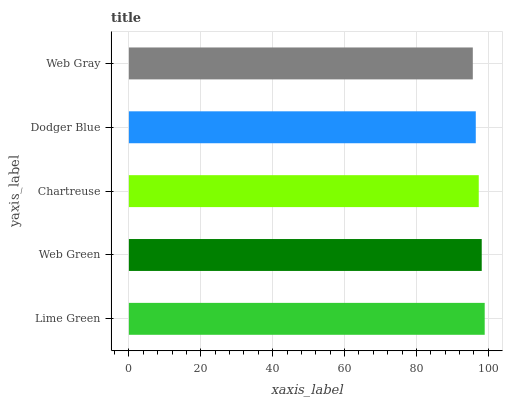
| yaxis_label | bars |
 | --- | --- |
 | Lime Green | 99 |
 | Web Green | 98.2 |
 | Chartreuse | 97.3 |
 | Dodger Blue | 96.5 |
 | Web Gray | 95.7 |